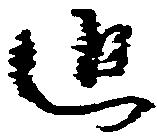
追